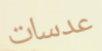
عدسات